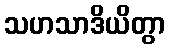
သဟသာဒိယိတွာ